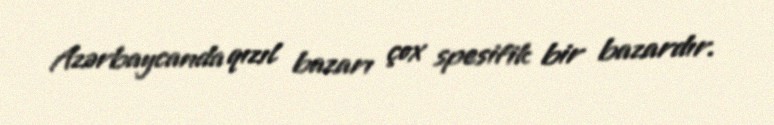
Azərbaycanda qızıl bazarı çox spesifik bir bazardır.